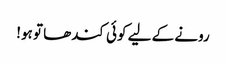
رونے کے لیے کوئی کندھا تو ہو!